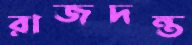
রাজদন্ত